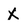
Character: X